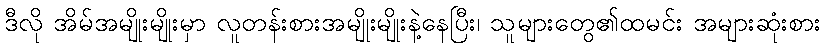
ဒီလို အိမ်အမျိုးမျိုးမှာ လူတန်းစားအမျိုးမျိုးနဲ့နေပြီး၊ သူများတွေ၏ထမင်း အများဆုံးစား